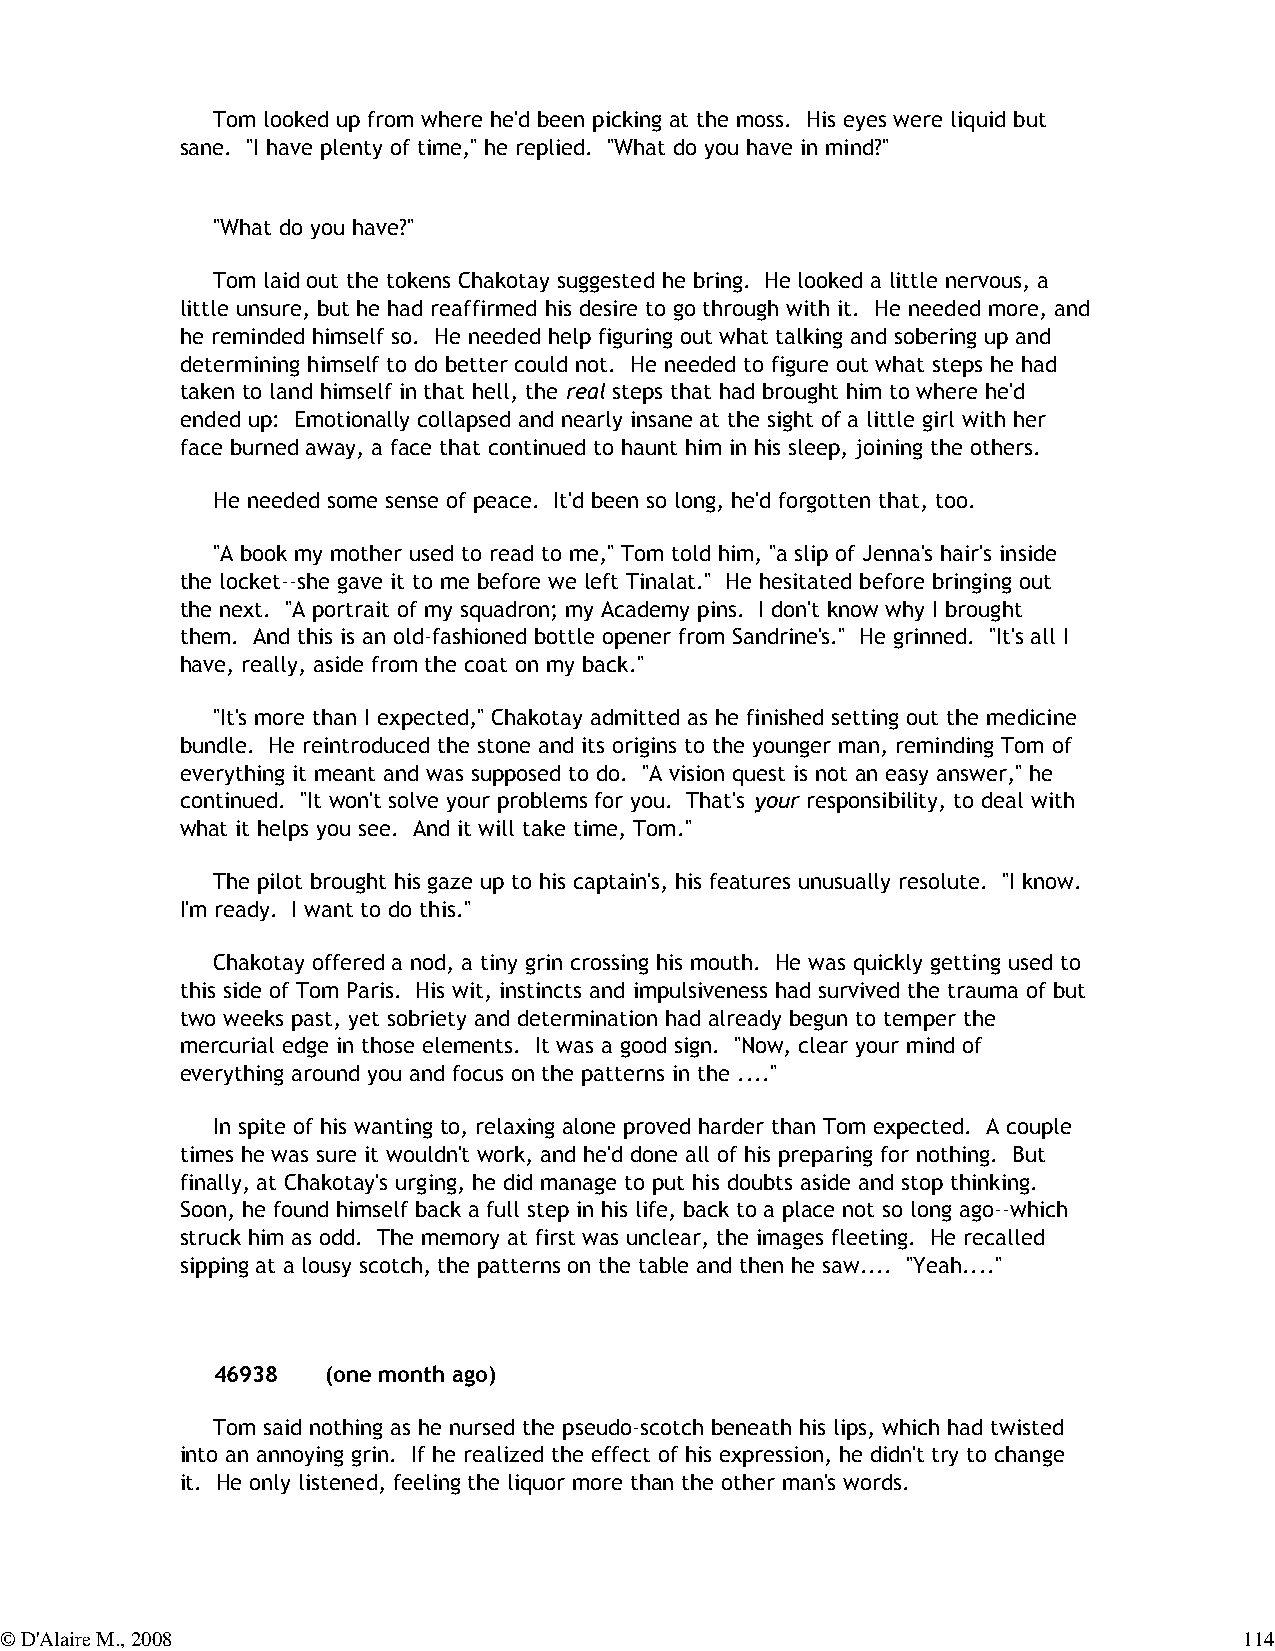
Tom looked up from where he'd been picking at the moss. His eyes were liquid but
 sane. "I have plenty of time," he replied. "What do you have in mind?"
 "What do you have?"
 Tom laid out the tokens Chakotay suggested he bring. He looked a little nervous, a
 little unsure, but he had reaffirmed his desire to go through with it. He needed more, and
 he reminded himself so. He needed help figuring out what talking and sobering up and
 determining himself to do better could not. He needed to figure out what steps he had
 taken to land himself in that hell, the real steps that had brought him to where he'd
 ended up: Emotionally collapsed and nearly insane at the sight of a little girl with her
 face burned away, a face that continued to haunt him in his sleep, joining the others.
 He needed some sense of peace. It'd been so long, he'd forgotten that, too.
 "A book my mother used to read to me," Tom told him, "a slip of Jenna's hair's inside
 the locket--she gave it to me before we left Tinalat." He hesitated before bringing out
 the next. "A portrait of my squadron; my Academy pins. I don't know why I brought
 them. And this is an old-fashioned bottle opener from Sandrine's." He grinned. "It's all I
 have, really, aside from the coat on my back."
 "It's more than I expected," Chakotay admitted as he finished setting out the medicine
 bundle. He reintroduced the stone and its origins to the younger man, reminding Tom of
 everything it meant and was supposed to do. "A vision quest is not an easy answer," he
 continued. "It won't solve your problems for you. That's your responsibility, to deal with
 what it helps you see. And it will take time, Tom."
 The pilot brought his gaze up to his captain's, his features unusually resolute. "I know.
 I'm ready. I want to do this."
 Chakotay offered a nod, a tiny grin crossing his mouth. He was quickly getting used to
 this side of Tom Paris. His wit, instincts and impulsiveness had survived the trauma of but
 two weeks past, yet sobriety and determination had already begun to temper the
 mercurial edge in those elements. It was a good sign. "Now, clear your mind of
 everything around you and focus on the patterns in the ...."
 In spite of his wanting to, relaxing alone proved harder than Tom expected. A couple
 times he was sure it wouldn't work, and he'd done all of his preparing for nothing. But
 finally, at Chakotay's urging, he did manage to put his doubts aside and stop thinking.
 Soon, he found himself back a full step in his life, back to a place not so long ago--which
 struck him as odd. The memory at first was unclear, the images fleeting. He recalled
 sipping at a lousy scotch, the patterns on the table and then he saw.... "Yeah...."
 46938   (one month ago)
 Tom said nothing as he nursed the pseudo-scotch beneath his lips, which had twisted
 into an annoying grin. If he realized the effect of his expression, he didn't try to change
 it. He only listened, feeling the liquor more than the other man's words.
 © D'Alaire M., 2008                                                               114